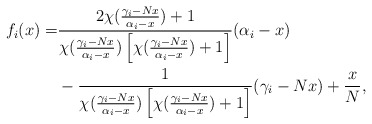
\begin{align*}f_i(x)=&\frac{2\chi(\frac{\gamma_i-Nx}{\alpha_i-x})+1}{\chi(\frac{\gamma_i-Nx}{\alpha_i-x})\left[\chi(\frac{\gamma_i-Nx}{\alpha_i-x})+1\right]}(\alpha_i-x)\\&-\frac{1}{\chi(\frac{\gamma_i-Nx}{\alpha_i-x})\left[\chi(\frac{\gamma_i-Nx}{\alpha_i-x})+1\right]}(\gamma_i-Nx)+\frac{x}{N},\end{align*}